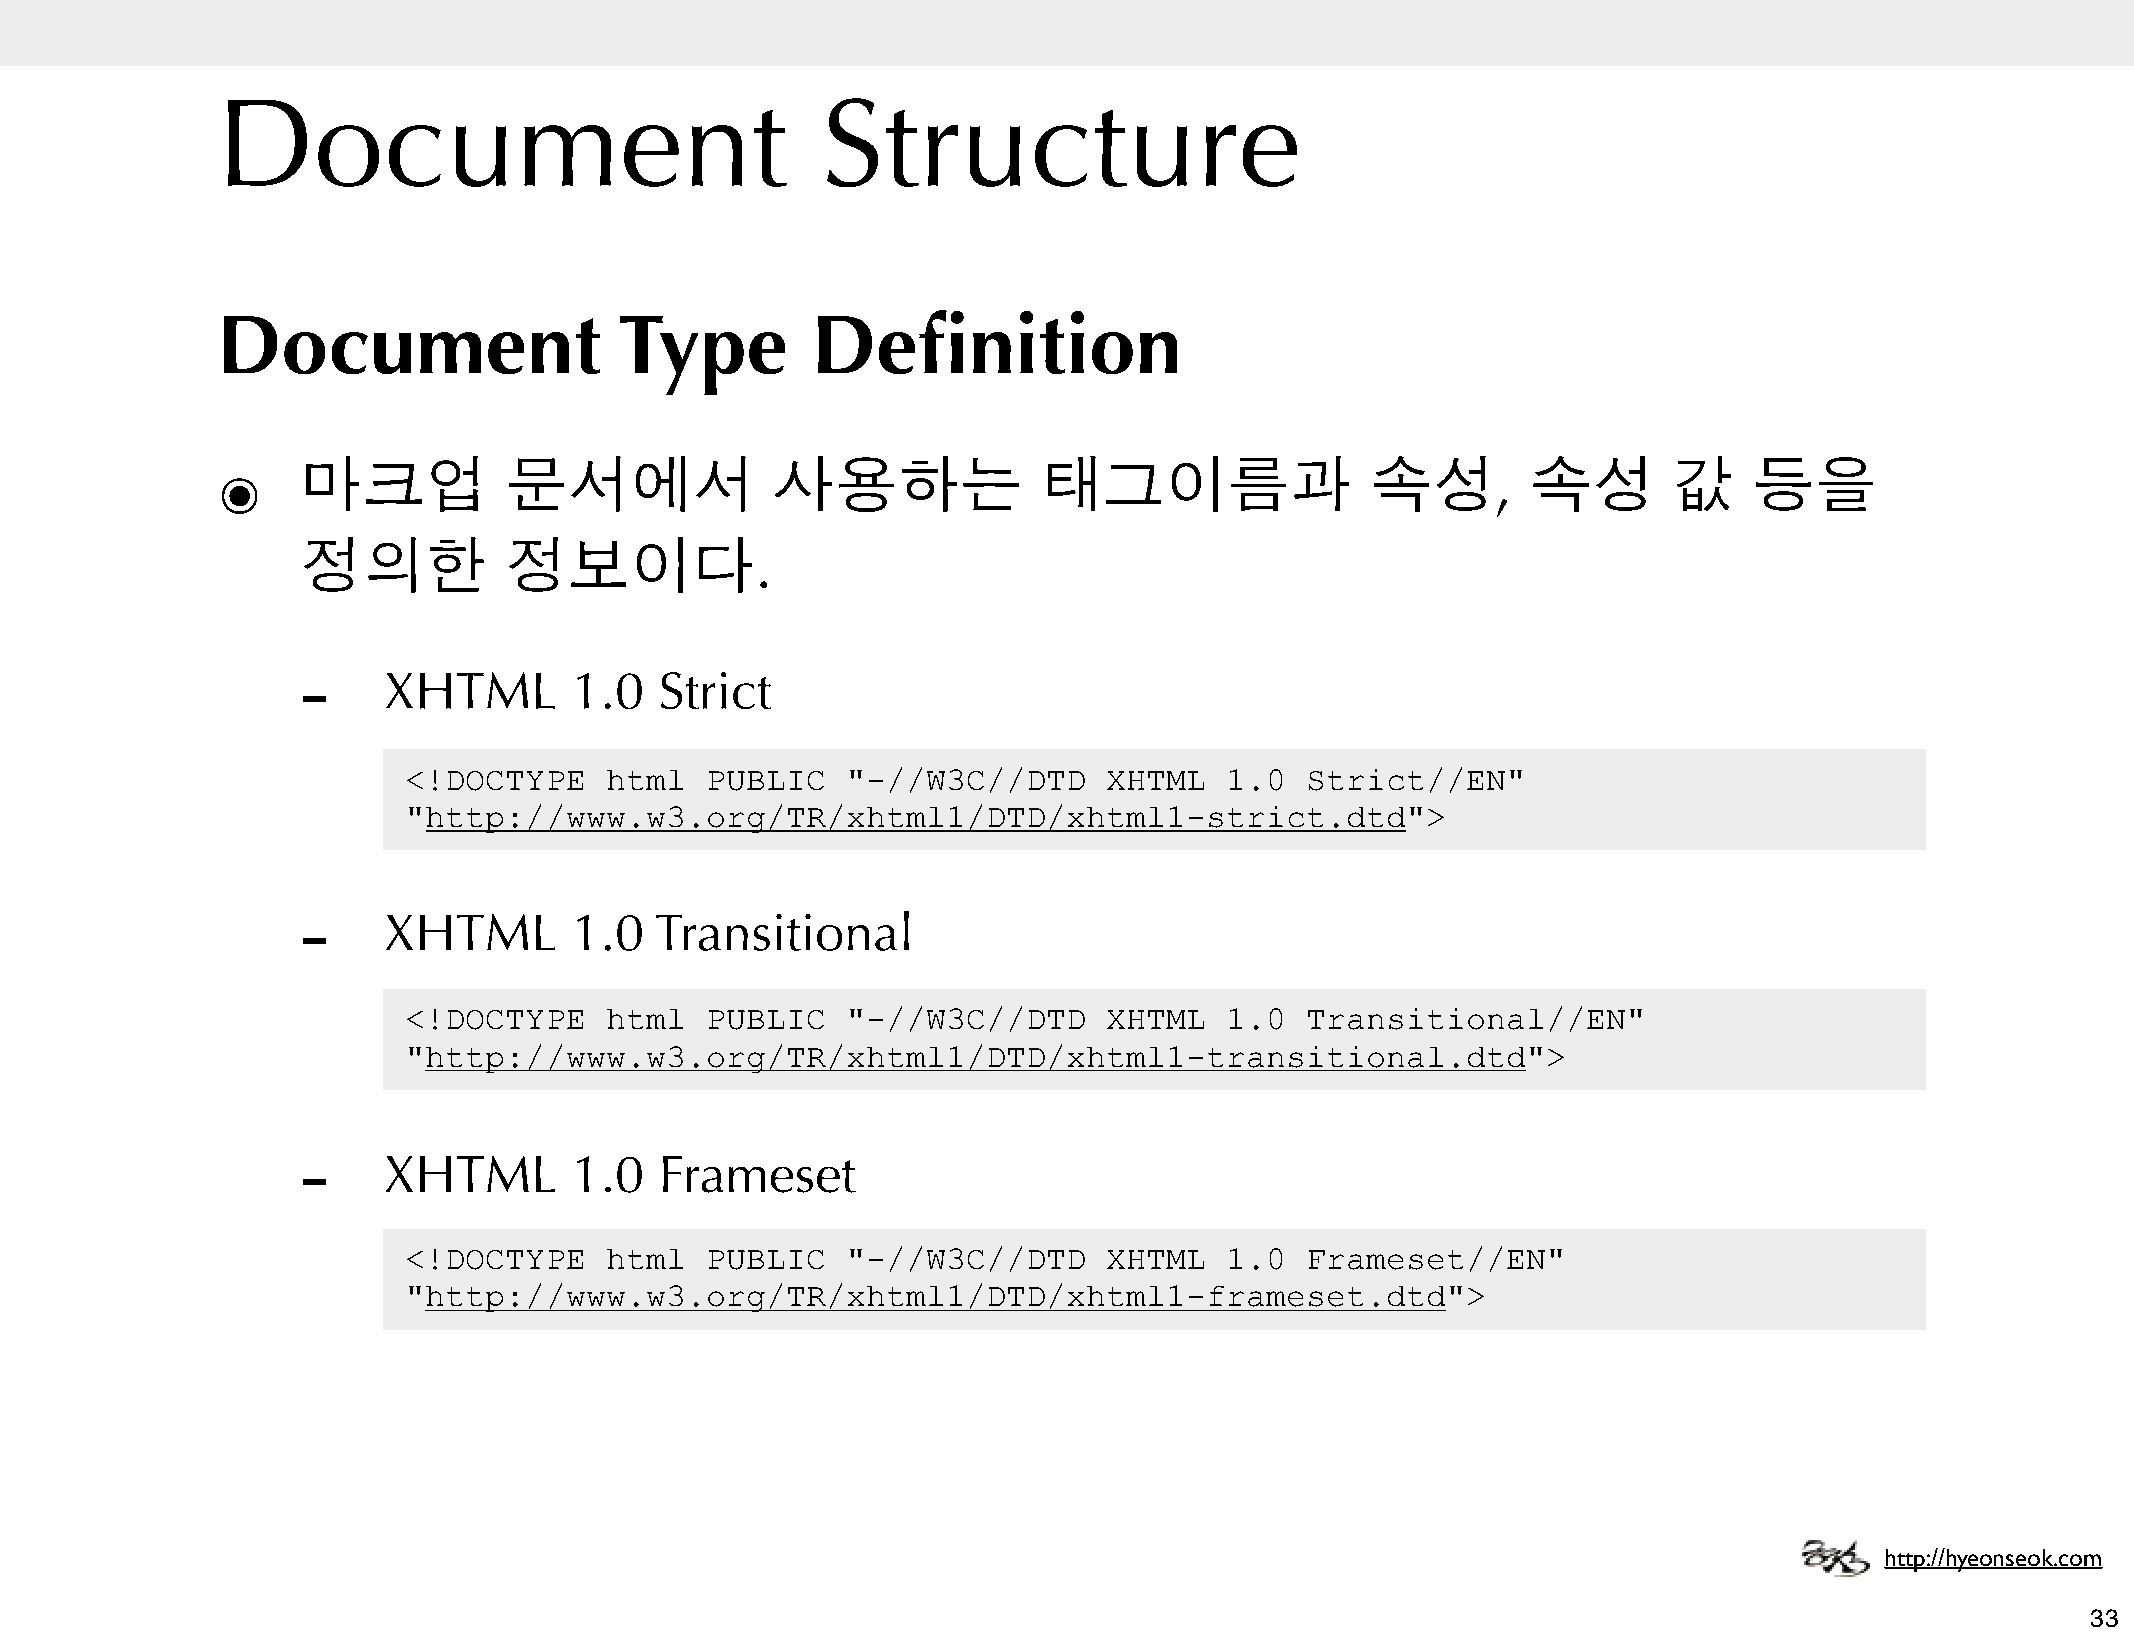
Document                                Structure
 Document                   Type         Definition
 ๏     마크업          문서에서              사용하는              태그이름과                 속성,       속성        값    등을
 정의한          정보이다.
 -
 XHTML        1.0   Strict
 <!DOCTYPE    html   PUBLIC   "-//W3C//DTD     XHTML   1.0  Strict//EN"
 "http://www.w3.org/TR/xhtml1/DTD/xhtml1-strict.dtd">
 -
 XHTML        1.0  Transitional
 <!DOCTYPE    html   PUBLIC   "-//W3C//DTD     XHTML   1.0  Transitional//EN"
 "http://www.w3.org/TR/xhtml1/DTD/xhtml1-transitional.dtd">
 -
 XHTML        1.0   Frameset
 <!DOCTYPE    html   PUBLIC   "-//W3C//DTD     XHTML   1.0  Frameset//EN"
 "http://www.w3.org/TR/xhtml1/DTD/xhtml1-frameset.dtd">
 http://hyeonseok.com
 33